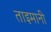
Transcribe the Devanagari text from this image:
ताइमानी